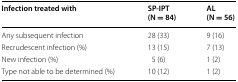
<table><thead><tr><td><b>Infection treated with</b></td><td><b>SP-IPT(N = 84)</b></td><td><b>AL(N = 56)</b></td></tr></thead><tbody><tr><td>Any subsequent infection</td><td>28 (33)</td><td>9 (16)</td></tr><tr><td>Recrudescent infection (%)</td><td>13 (15)</td><td>7 (13)</td></tr><tr><td>New infection (%)</td><td>5 (6)</td><td>1 (2)</td></tr><tr><td>Type not able to be determined (%)</td><td>10 (12)</td><td>1 (2)</td></tr></tbody></table>